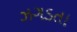
ઝગડતા